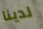
لدينا